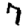
Digit: 7